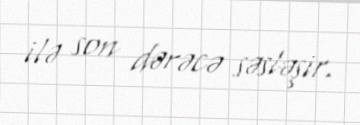
ilə son dərəcə səsləşir.